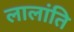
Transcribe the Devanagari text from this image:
लालांति